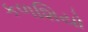
કળશિયો